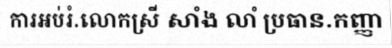
ការអប់រំ.លោកស្រី សាំង លាំ ប្រធាន.កញ្ញា